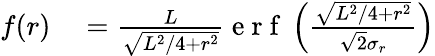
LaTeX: \begin{array}{rl}{f(r)}&{{}=\frac{L}{\sqrt{L^{2}/4+r^{2}}}\mathrm{~e~r~f~}\left(\frac{\sqrt{L^{2}/4+r^{2}}}{\sqrt{2}\sigma_{r}}\right)}\end{array}